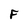
Character: F